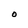
Character: O